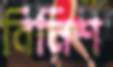
বিনিশ